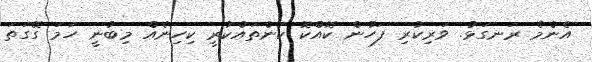
އެންމެ ރަނގަޅު. ވަރިކުރި ފަހުން ކޮއްކޮ ކަންތައްކުރީ ކިހިނެއް މިބުނީ ހަމަ ގޭގަތަ